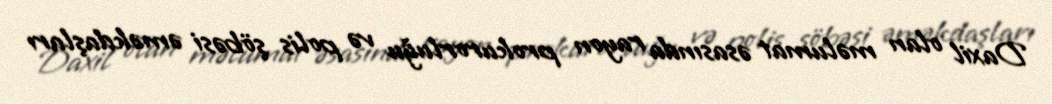
Daxil olan məlumat əsasında rayon prokurorluğu və polis şöbəsi əməkdaşları